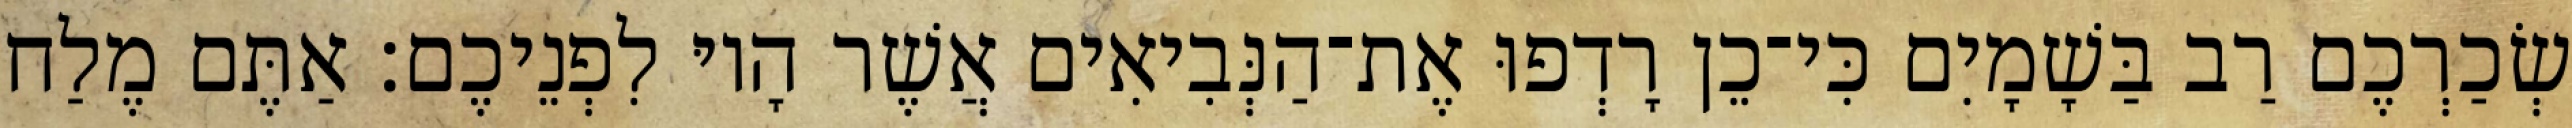
שְׂכַרְכֶם רַב בַּשָׁמָיִם כִּי־כֵן רָדְפוּ אֶת־הַנְּבִיאִים אֲשֶׁר הָיוּ לִפְנֵיכֶם׃ אַתֶּם מֶלַח